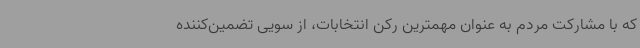
که با مشارکت مردم به عنوان مهمترین رکن انتخابات، از سویی تضمین‌کننده